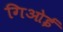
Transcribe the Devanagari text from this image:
गिओई